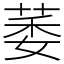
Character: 萎